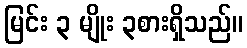
မြင်း ၃ မျိုး ၃စားရှိသည်။